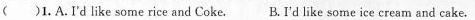
( )1.A.I'd like some rice and Coke. B. I'd like some ice cream and cake.